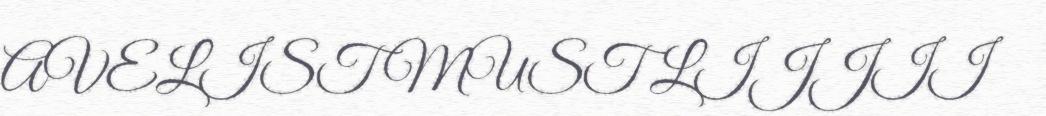
AVELIST MUST LIJJII